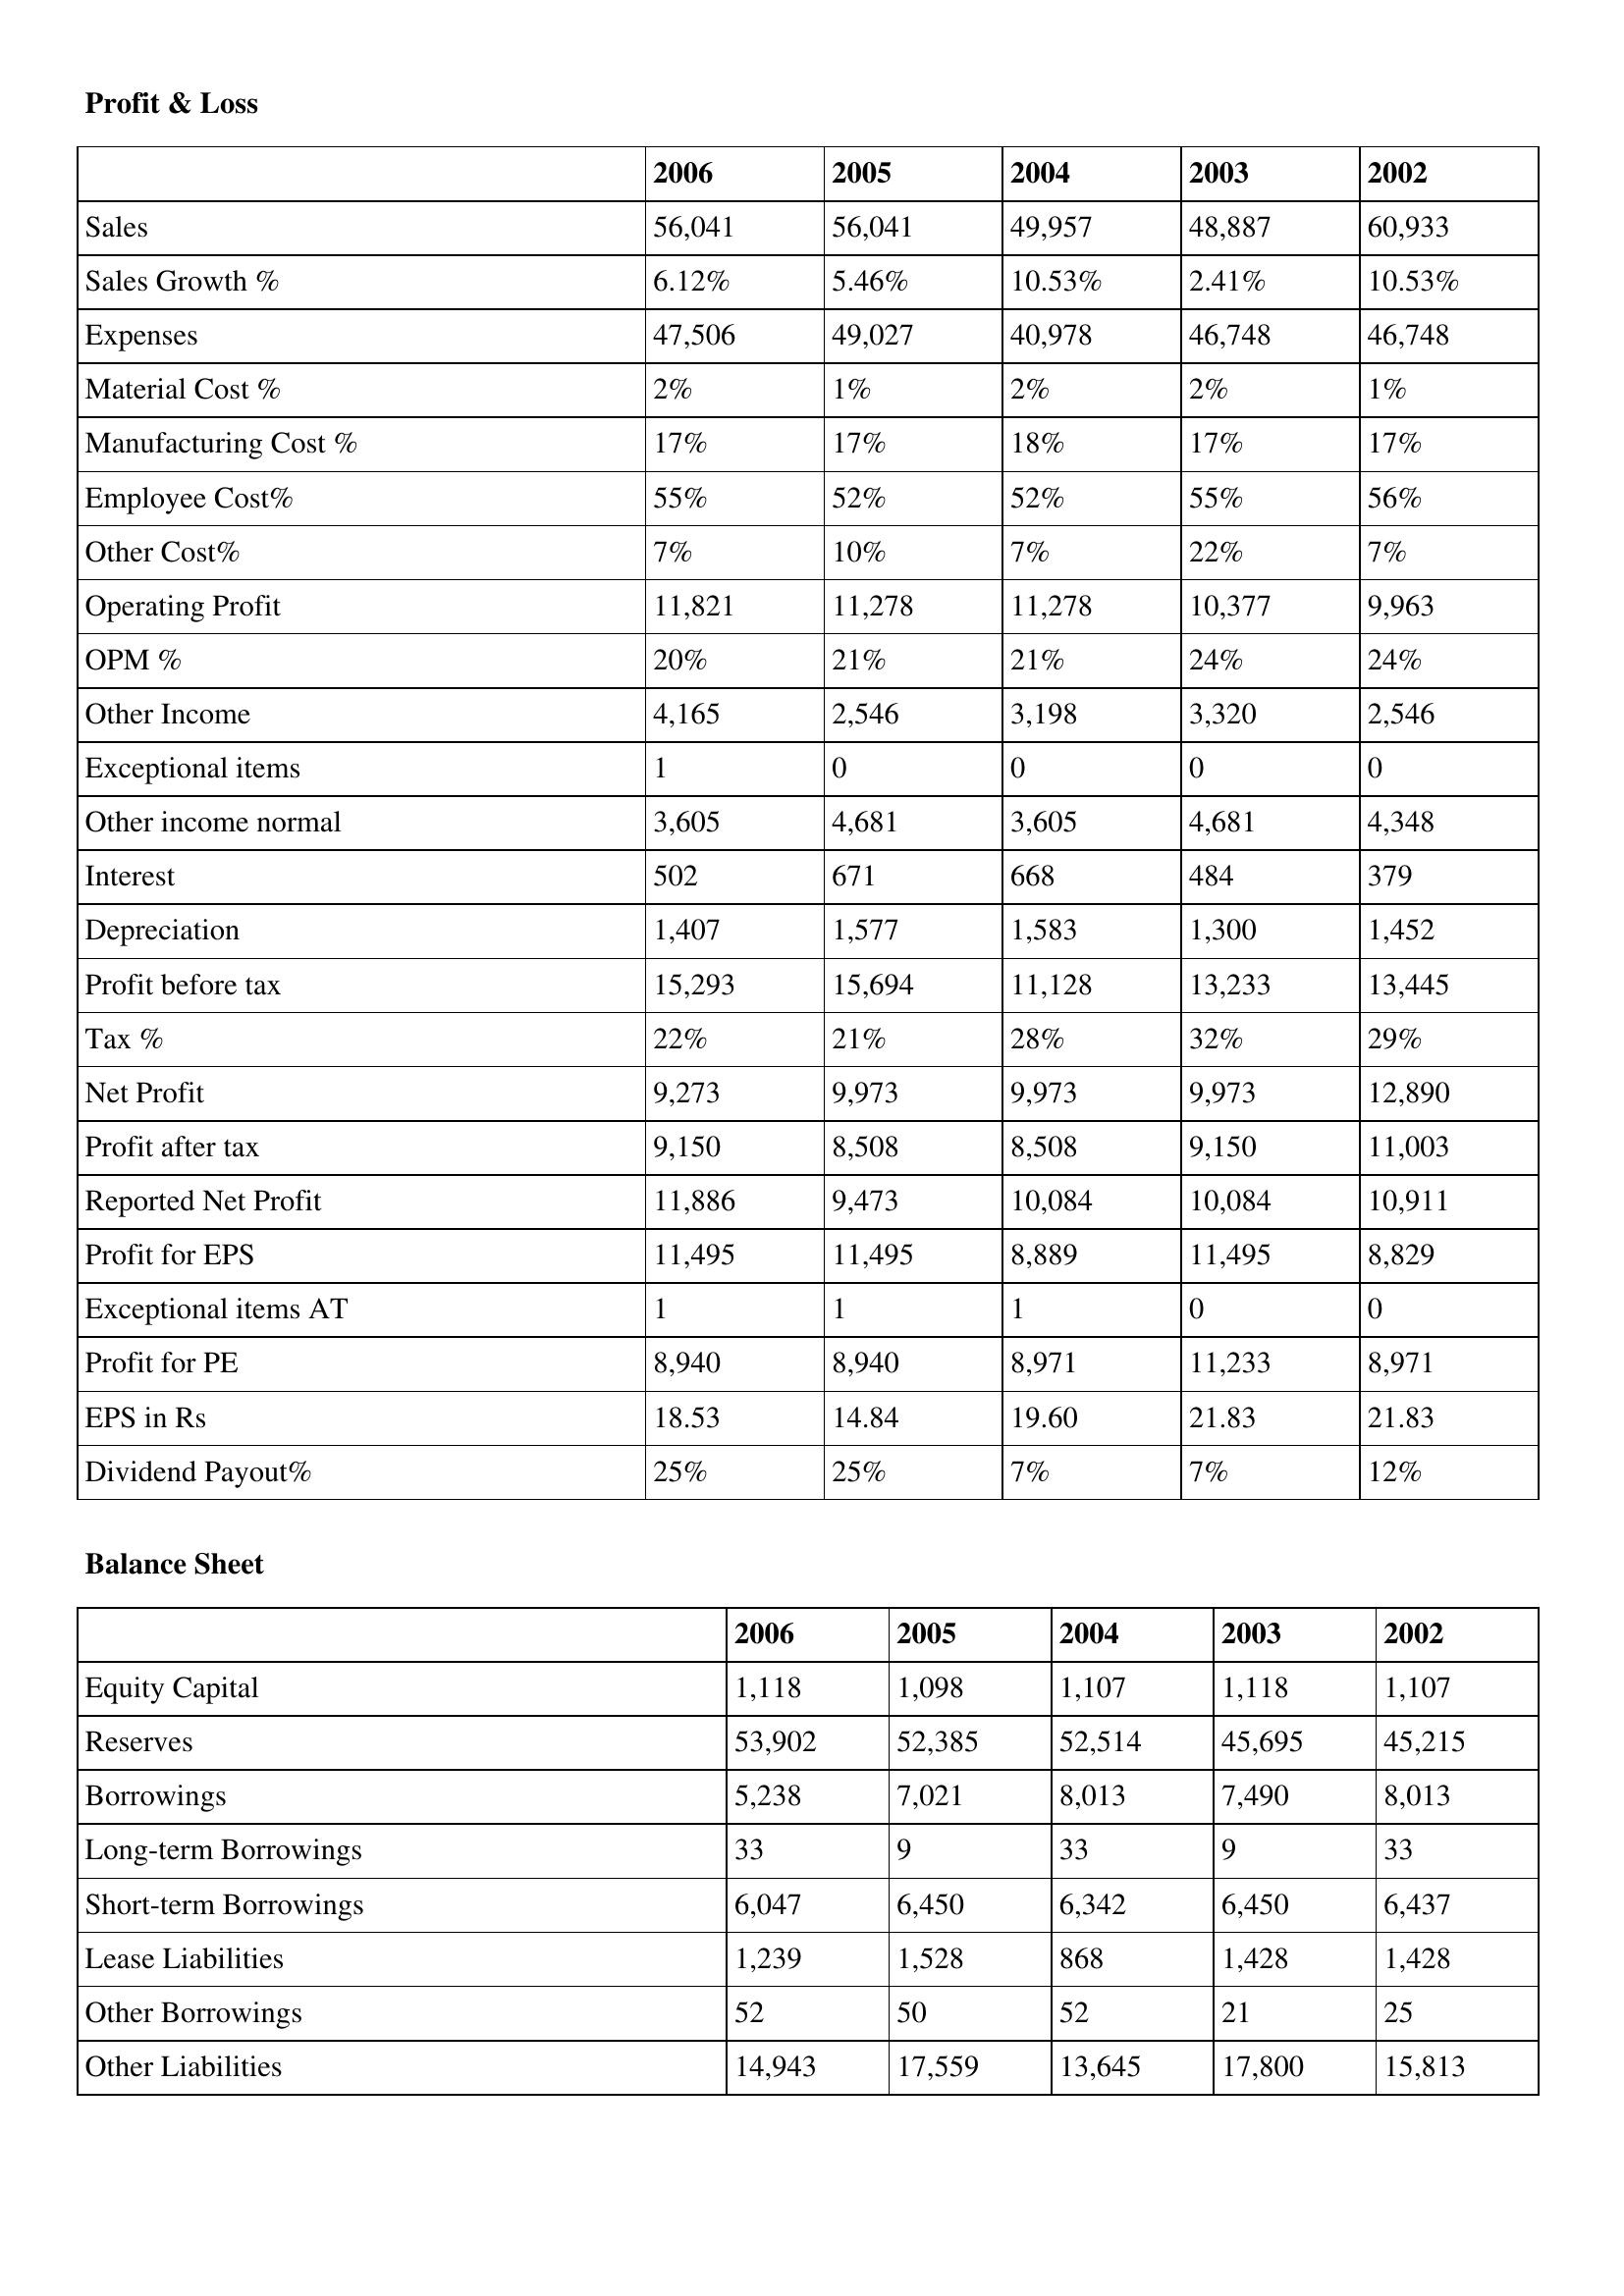
gt_parse: 2006: Profit & Loss: Sales: 56,041
Sales Growth %: 6.12%
Expenses: 47,506
Material Cost %: 2%
Manufacturing Cost %: 17%
Employee Cost%: 55%
Other Cost%: 7%
Operating Profit: 11,821
OPM %: 20%
Other Income: 4,165
Exceptional items: 1
Other income normal: 3,605
Interest: 502
Depreciation: 1,407
Profit before tax: 15,293
Tax %: 22%
Net Profit: 9,273
Profit after tax: 9,150
Reported Net Profit: 11,886
Profit for EPS: 11,495
Exceptional items AT: 1
Profit for PE: 8,940
EPS in Rs: 18.53
Dividend Payout%: 25%
Balance Sheet: Equity Capital: 1,118
Reserves: 53,902
Borrowings: 5,238
Long-term Borrowings: 33
Short-term Borrowings: 6,047
Lease Liabilities: 1,239
Other Borrowings: 52
Other Liabilities: 14,943
2005: Profit & Loss: Sales: 56,041
Sales Growth %: 5.46%
Expenses: 49,027
Material Cost %: 1%
Manufacturing Cost %: 17%
Employee Cost%: 52%
Other Cost%: 10%
Operating Profit: 11,278
OPM %: 21%
Other Income: 2,546
Exceptional items: 0
Other income normal: 4,681
Interest: 671
Depreciation: 1,577
Profit before tax: 15,694
Tax %: 21%
Net Profit: 9,973
Profit after tax: 8,508
Reported Net Profit: 9,473
Profit for EPS: 11,495
Exceptional items AT: 1
Profit for PE: 8,940
EPS in Rs: 14.84
Dividend Payout%: 25%
Balance Sheet: Equity Capital: 1,098
Reserves: 52,385
Borrowings: 7,021
Long-term Borrowings: 9
Short-term Borrowings: 6,450
Lease Liabilities: 1,528
Other Borrowings: 50
Other Liabilities: 17,559
2004: Profit & Loss: Sales: 49,957
Sales Growth %: 10.53%
Expenses: 40,978
Material Cost %: 2%
Manufacturing Cost %: 18%
Employee Cost%: 52%
Other Cost%: 7%
Operating Profit: 11,278
OPM %: 21%
Other Income: 3,198
Exceptional items: 0
Other income normal: 3,605
Interest: 668
Depreciation: 1,583
Profit before tax: 11,128
Tax %: 28%
Net Profit: 9,973
Profit after tax: 8,508
Reported Net Profit: 10,084
Profit for EPS: 8,889
Exceptional items AT: 1
Profit for PE: 8,971
EPS in Rs: 19.60
Dividend Payout%: 7%
Balance Sheet: Equity Capital: 1,107
Reserves: 52,514
Borrowings: 8,013
Long-term Borrowings: 33
Short-term Borrowings: 6,342
Lease Liabilities: 868
Other Borrowings: 52
Other Liabilities: 13,645
2003: Profit & Loss: Sales: 48,887
Sales Growth %: 2.41%
Expenses: 46,748
Material Cost %: 2%
Manufacturing Cost %: 17%
Employee Cost%: 55%
Other Cost%: 22%
Operating Profit: 10,377
OPM %: 24%
Other Income: 3,320
Exceptional items: 0
Other income normal: 4,681
Interest: 484
Depreciation: 1,300
Profit before tax: 13,233
Tax %: 32%
Net Profit: 9,973
Profit after tax: 9,150
Reported Net Profit: 10,084
Profit for EPS: 11,495
Exceptional items AT: 0
Profit for PE: 11,233
EPS in Rs: 21.83
Dividend Payout%: 7%
Balance Sheet: Equity Capital: 1,118
Reserves: 45,695
Borrowings: 7,490
Long-term Borrowings: 9
Short-term Borrowings: 6,450
Lease Liabilities: 1,428
Other Borrowings: 21
Other Liabilities: 17,800
2002: Profit & Loss: Sales: 60,933
Sales Growth %: 10.53%
Expenses: 46,748
Material Cost %: 1%
Manufacturing Cost %: 17%
Employee Cost%: 56%
Other Cost%: 7%
Operating Profit: 9,963
OPM %: 24%
Other Income: 2,546
Exceptional items: 0
Other income normal: 4,348
Interest: 379
Depreciation: 1,452
Profit before tax: 13,445
Tax %: 29%
Net Profit: 12,890
Profit after tax: 11,003
Reported Net Profit: 10,911
Profit for EPS: 8,829
Exceptional items AT: 0
Profit for PE: 8,971
EPS in Rs: 21.83
Dividend Payout%: 12%
Balance Sheet: Equity Capital: 1,107
Reserves: 45,215
Borrowings: 8,013
Long-term Borrowings: 33
Short-term Borrowings: 6,437
Lease Liabilities: 1,428
Other Borrowings: 25
Other Liabilities: 15,813